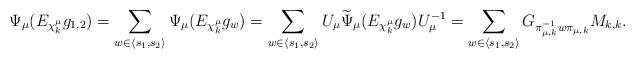
LaTeX: \begin{align*} \Psi_\mu(E_{\chi_k^\mu}g_{1,2}) = \sum_{w \in {\langle s_1,s_2\rangle}}\Psi_\mu(E_{\chi_k^\mu}g_w) = \sum_{w \in {\langle s_1,s_2\rangle}}U_\mu\widetilde{\Psi}_\mu(E_{\chi_k^\mu}g_w)U_\mu^{-1}=\sum_{w \in{\langle s_1,s_2\rangle}} G_{\pi_{\mu,k}^{-1}w\pi_{\mu,k}} M_{k,k} . \end{align*}